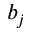
b _ { j }